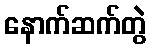
နောက်ဆက်တွဲ